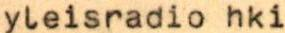
yleisradio hki